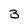
Character: 3